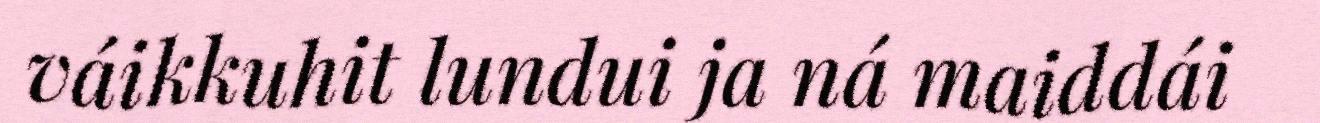
váikkuhit lundui ja ná maiddái